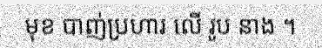
មុខ បាញ់ប្រហារ លើ រូប នាង ។